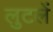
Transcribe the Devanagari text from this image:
लुटलें